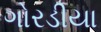
ગોરડીયા